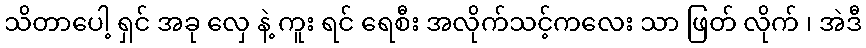
သိတာပေါ့ ရှင် အခု လှေ နဲ့ ကူး ရင် ရေစီး အလိုက်သင့်ကလေး သာ ဖြတ် လိုက် ၊ အဲဒီ